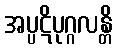
အပ္ပဋိပုဂ္ဂလန္တိ